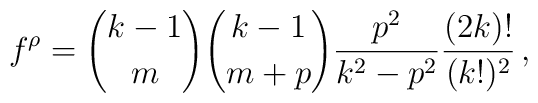
f^\rho = {k-1 \choose m} {k-1 \choose m+p} {p^2 \over k^2 -p^2}{(2k)! \over (k!)^2}\, ,